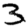
Digit: 3